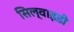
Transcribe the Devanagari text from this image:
सिल्वाइडी